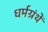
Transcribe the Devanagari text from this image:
धर्मग्रंथें